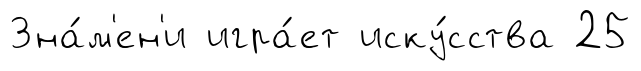
Зна́м'ен'и игра́ет иску́сства 25